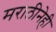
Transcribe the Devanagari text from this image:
मराठीनेही